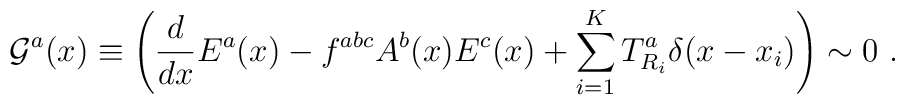
{\cal G}^a(x)\equiv \left( \frac{d}{dx}E^a(x) -f^{abc}A^b(x)E^c(x) + \sum_{i=1}^K T^a_{R_i}\delta(x-x_i)\right)\sim 0 \ .